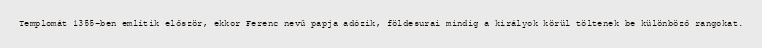
Templomát 1355-ben említik először, ekkor Ferenc nevű papja adózik, földesurai mindig a királyok körül töltenek be különböző rangokat.